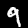
Digit: 9